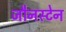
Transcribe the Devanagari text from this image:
जौनस्टेन